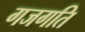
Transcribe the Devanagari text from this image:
गजगति